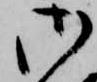
御